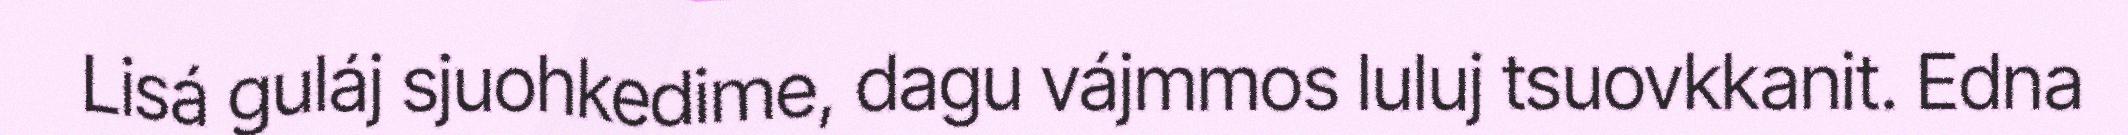
Lisá guláj sjuohkedime, dagu vájmmos luluj tsuovkkanit. Edna